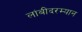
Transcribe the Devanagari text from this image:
लांबीदरम्यान